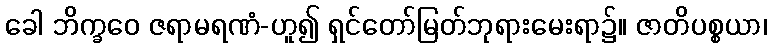
ခေါ ဘိက္ခဝေ ဇရာမရဏံ-ဟူ၍ ရှင်တော်မြတ်ဘုရားမေးရာ၌။ ဇာတိပစ္စယာ၊